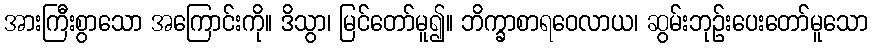
အားကြီးစွာသော အကြောင်းကို။ ဒိသွာ၊ မြင်တော်မူ၍။ ဘိက္ခာစာရဝေလာယ၊ ဆွမ်းဘုဉ်းပေးတော်မူသော